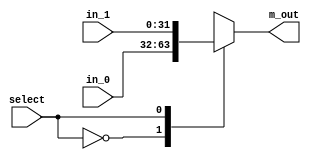
module two_one_mux_32b(
output reg [31:0]	m_out,
input [31:0] in_0, 
input [31:0] in_1, 
input select
);

always @ (in_0, in_1, select)	// Verilog 2005 syntax

    case (select)
       1'b00:	m_out = in_0;
       1'b01:	m_out = in_1;
    endcase

endmodule